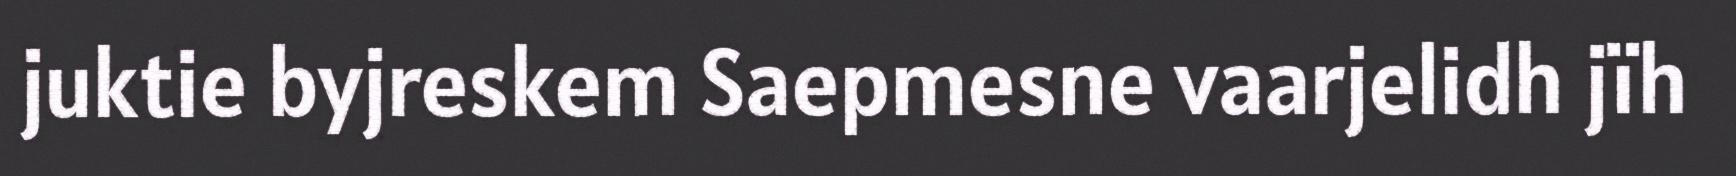
juktie byjreskem Saepmesne vaarjelidh jïh